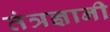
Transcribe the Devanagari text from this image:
तंत्रज्ञानी